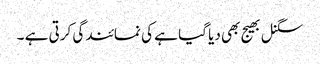
سگنل بھیج بھی دیا گیا ہے کی نمائندگی کرتی ہے ۔